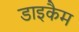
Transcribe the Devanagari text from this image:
डाइकैम